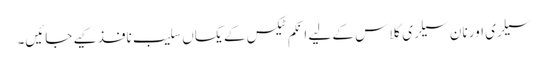
سیلری اور نان سیلری کلاس کے لیے انکم ٹیکس کے یکساں سلیب نافذ کیے جائیں۔